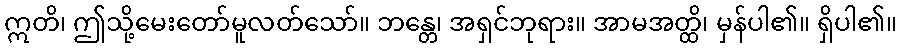
ဣတိ၊ ဤသို့မေးတော်မူလတ်သော်။ ဘန္တေ၊ အရှင်ဘုရား။ အာမအတ္ထိ၊ မှန်ပါ၏။ ရှိပါ၏။